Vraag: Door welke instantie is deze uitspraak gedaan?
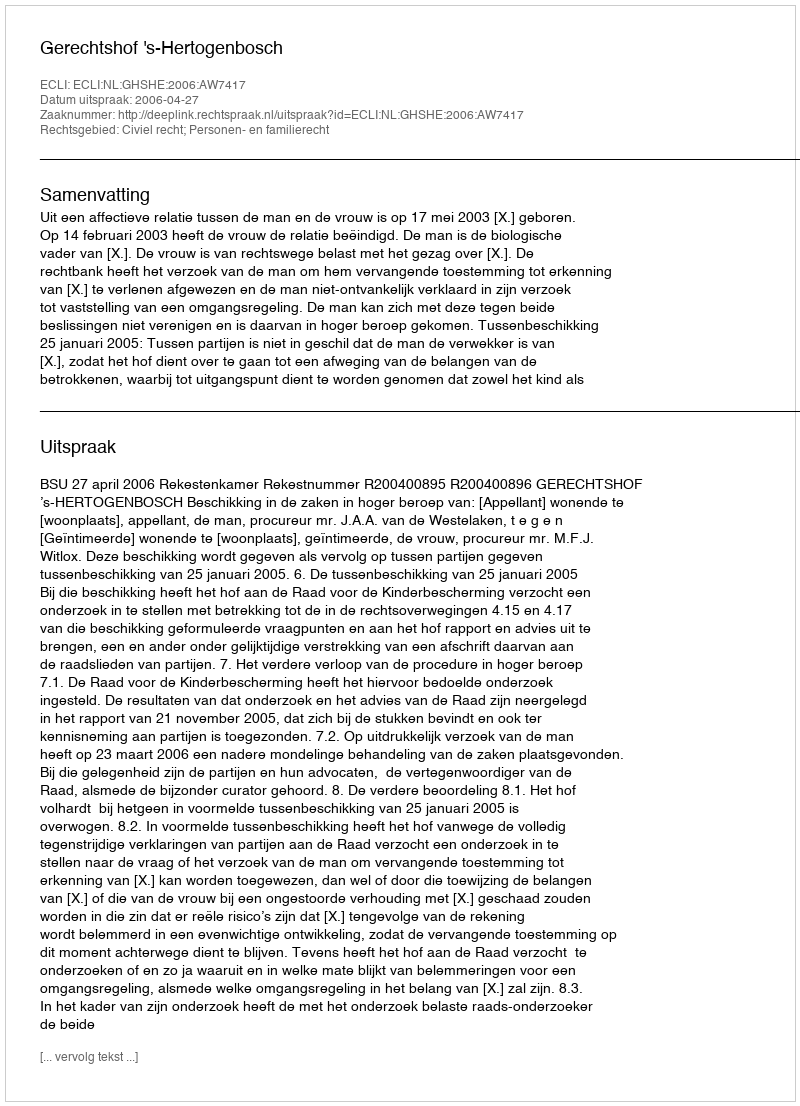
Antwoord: Gerechtshof 's-Hertogenbosch